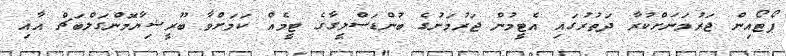
ޕޯޓޯއިން ޖަރުމަނަށްކުރާ ދަތުރުގައި އެޓީމުން ޖަރުމަނުގެ ބުންޑަސްލީގާގެ ޓީމެއް ކަމަށްވާ ބޫރީޝިޔާމޮންގަލްބަޗް އާއި